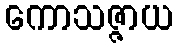
ကောသဇ္ဇာယ